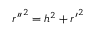
{ r ^ { \prime \prime } } ^ { 2 } = h ^ { 2 } + { r ^ { \prime } } ^ { 2 }